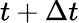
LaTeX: t+\Delta t